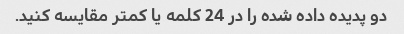
دو پدیده داده شده را در 24 کلمه یا کمتر مقایسه کنید.